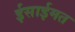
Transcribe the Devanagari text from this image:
ईसाईमत